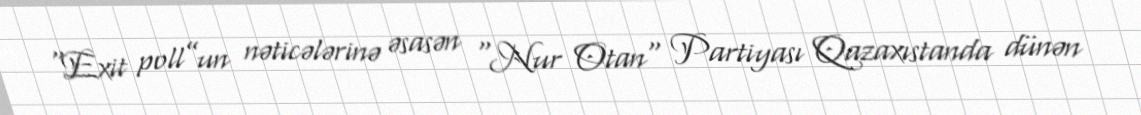
“Exit poll”un nəticələrinə əsasən "Nur Otan" Partiyası Qazaxıstanda dünən